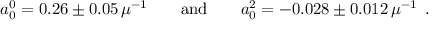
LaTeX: a _ { 0 } ^ { 0 } = 0 . 2 6 \pm 0 . 0 5 \, \mu ^ { - 1 } \qquad \mathrm { a n d } \qquad a _ { 0 } ^ { 2 } = - 0 . 0 2 8 \pm 0 . 0 1 2 \, \mu ^ { - 1 } \enspace .